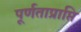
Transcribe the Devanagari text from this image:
पूर्णताप्राप्ति